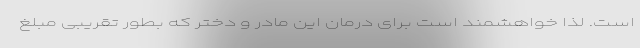
است. لذا خواهشمند است برای درمان این مادر و دختر که بطور تقریبی مبلغ